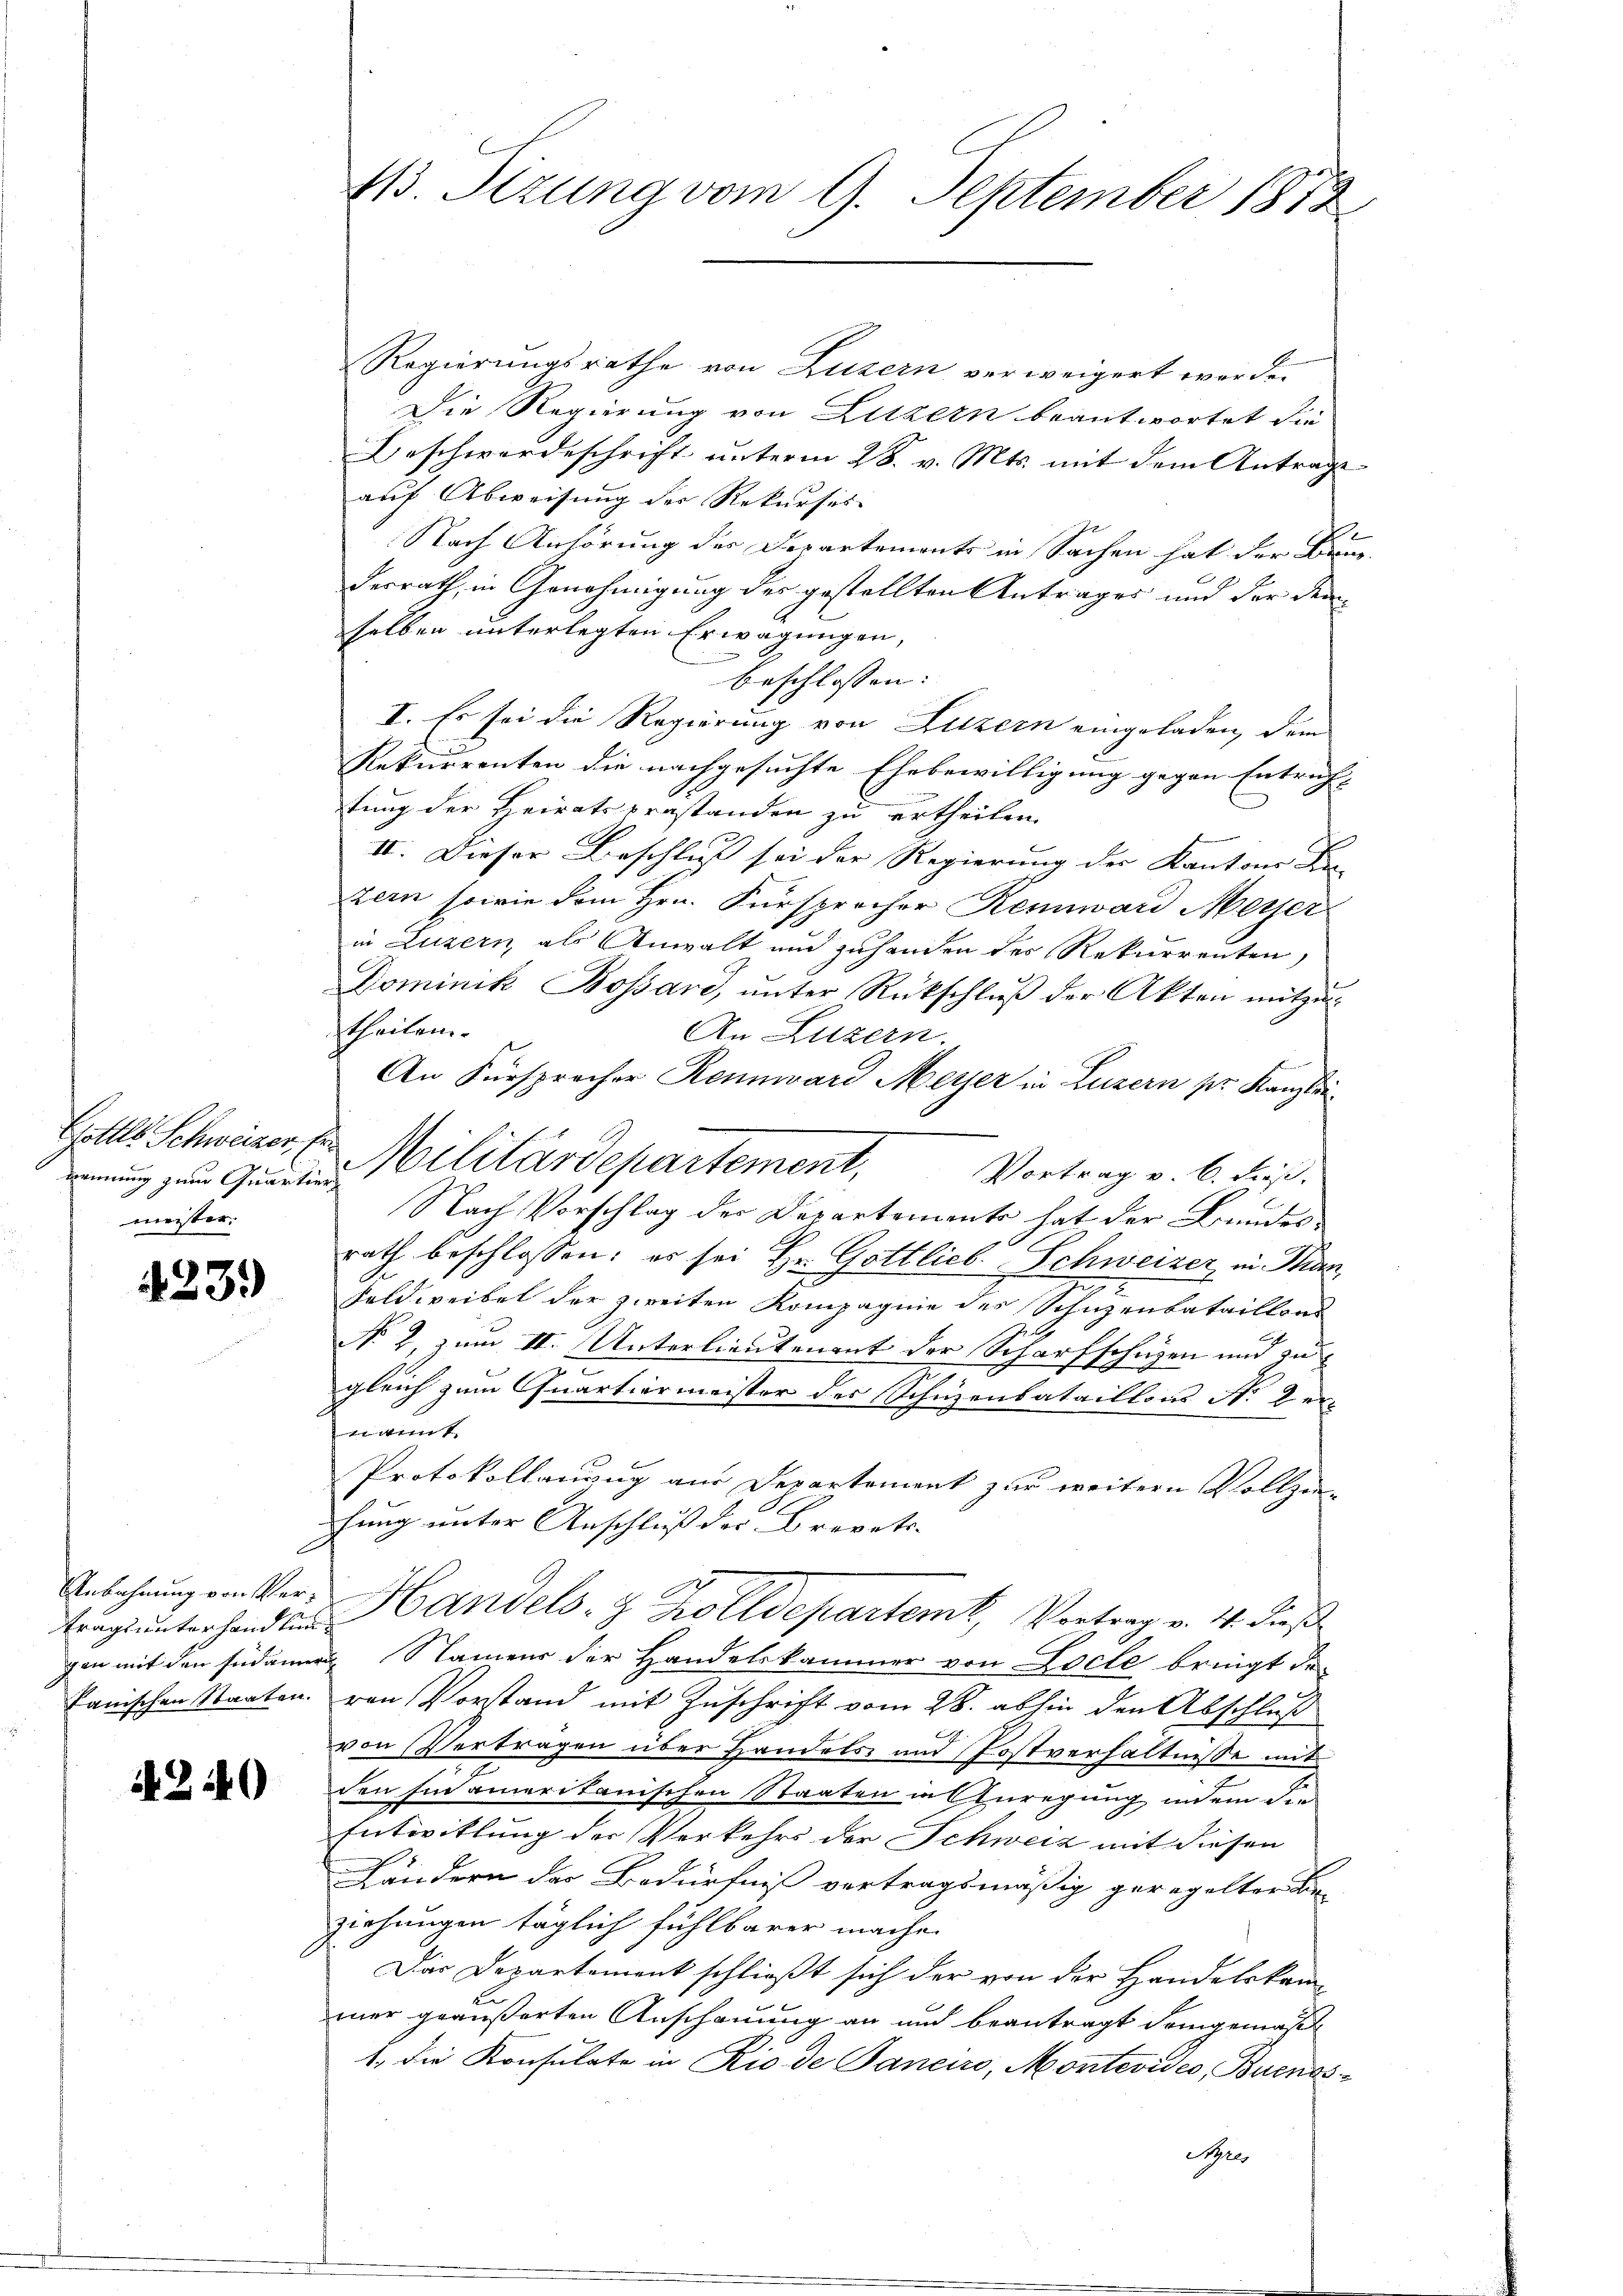
Gottes Schweizer, Ermeister.

4231)

Anbahnung von Ver¬

1. 2149)

413. Stzung vom 9. September 1872

Regierungsrathe von Luzern verweigert werde.
Die Regierung von Luzern beantwortet die
Beschwerdeschrift unterm 28. v. Mts. mit dem Antrage
auf Abweisung der Rekurses |
Nach Anhörung der Departements in Sachen hat der Bruederrath, in Genehmigung des gestellten Antrages und der den
selben unterlegten Erwägungen,
beschlossen: |
I. Es sei die Regierung von Luzern eingeladen, dem
l
Rekurrenten die nachgesuchte Ehebewilligung gegen Entrich-
tung der Heiratsprästanden zu ertheilen.
II. Dieser Beschluß sei der Regierung der Kantons Be-
zern sowie dem Hrn. Fürsprocher Rennward Meyer
in Luzern als Anwalt und zuhanden des Rekurrenten,
Dominik Bossard, unter Rückschlŭβ der Akten mitzu-
theilen.
An Luzern.
An Fürsprocher Rennward Meyer in Luzern pr. Kanzlei
g zu Quartin Militärdepartement,
Vortrag v. 6. dieß.
Nach Vorschlag des Departements hat der Bundes
rath beschlossen: es sei Hr. Gottlieb. Schweizer in Tran
2
Feldweibel der zweiten Kompagnie des Schuzenbataillons
No 2, zum II. Unterlieutenant der Scharfschützen und zu
5
gleich zum Quartiermeister der Schüzenbataillons N. 2 erkritiert
Protokollanzug aus Departement zur weitern Vollzei- |
fung unter Anschluß des Brevets- |
tongiunterhanden Handels- & Zolldepartemt, Vortrag v. 4. dieß
gen mit den südamen Namens der Handelskammer von Locte bringt da
kanischen Staaten. von Vorstand mit Zuschrift vom 28. abhin den Abschluß
von Vertragen über Handels und Postverhältnisse mit
den Eid amerikanischen Staaten in Anregung, indem die
Entwitlung der Verkehrs der Schweiz mit diesen
Ländern der Bedürfniß vertragsmäßig geregelten Kin-
ziehungen täglich fühlbarer mache.
Das Departement schließt sich der von der Handelskammer geäußerten Anschauung an und beantragt demgemäß
1. die Konsulate in Rio de Panciro, Montevideo, Buenos¬
Stre